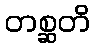
တစ္ဆတိ